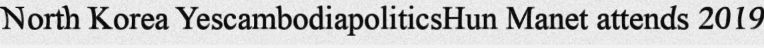
North Korea YescambodiapoliticsHun Manet attends 2019